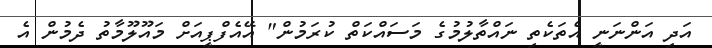
އަދި އަންނަނީ އެތަކެތި ނައްތާލުމުގެ މަސައްކަތް ކުރަމުން" އޭއެފްޕީއަށް މައޫލޫމާތު ދެމުން އެ